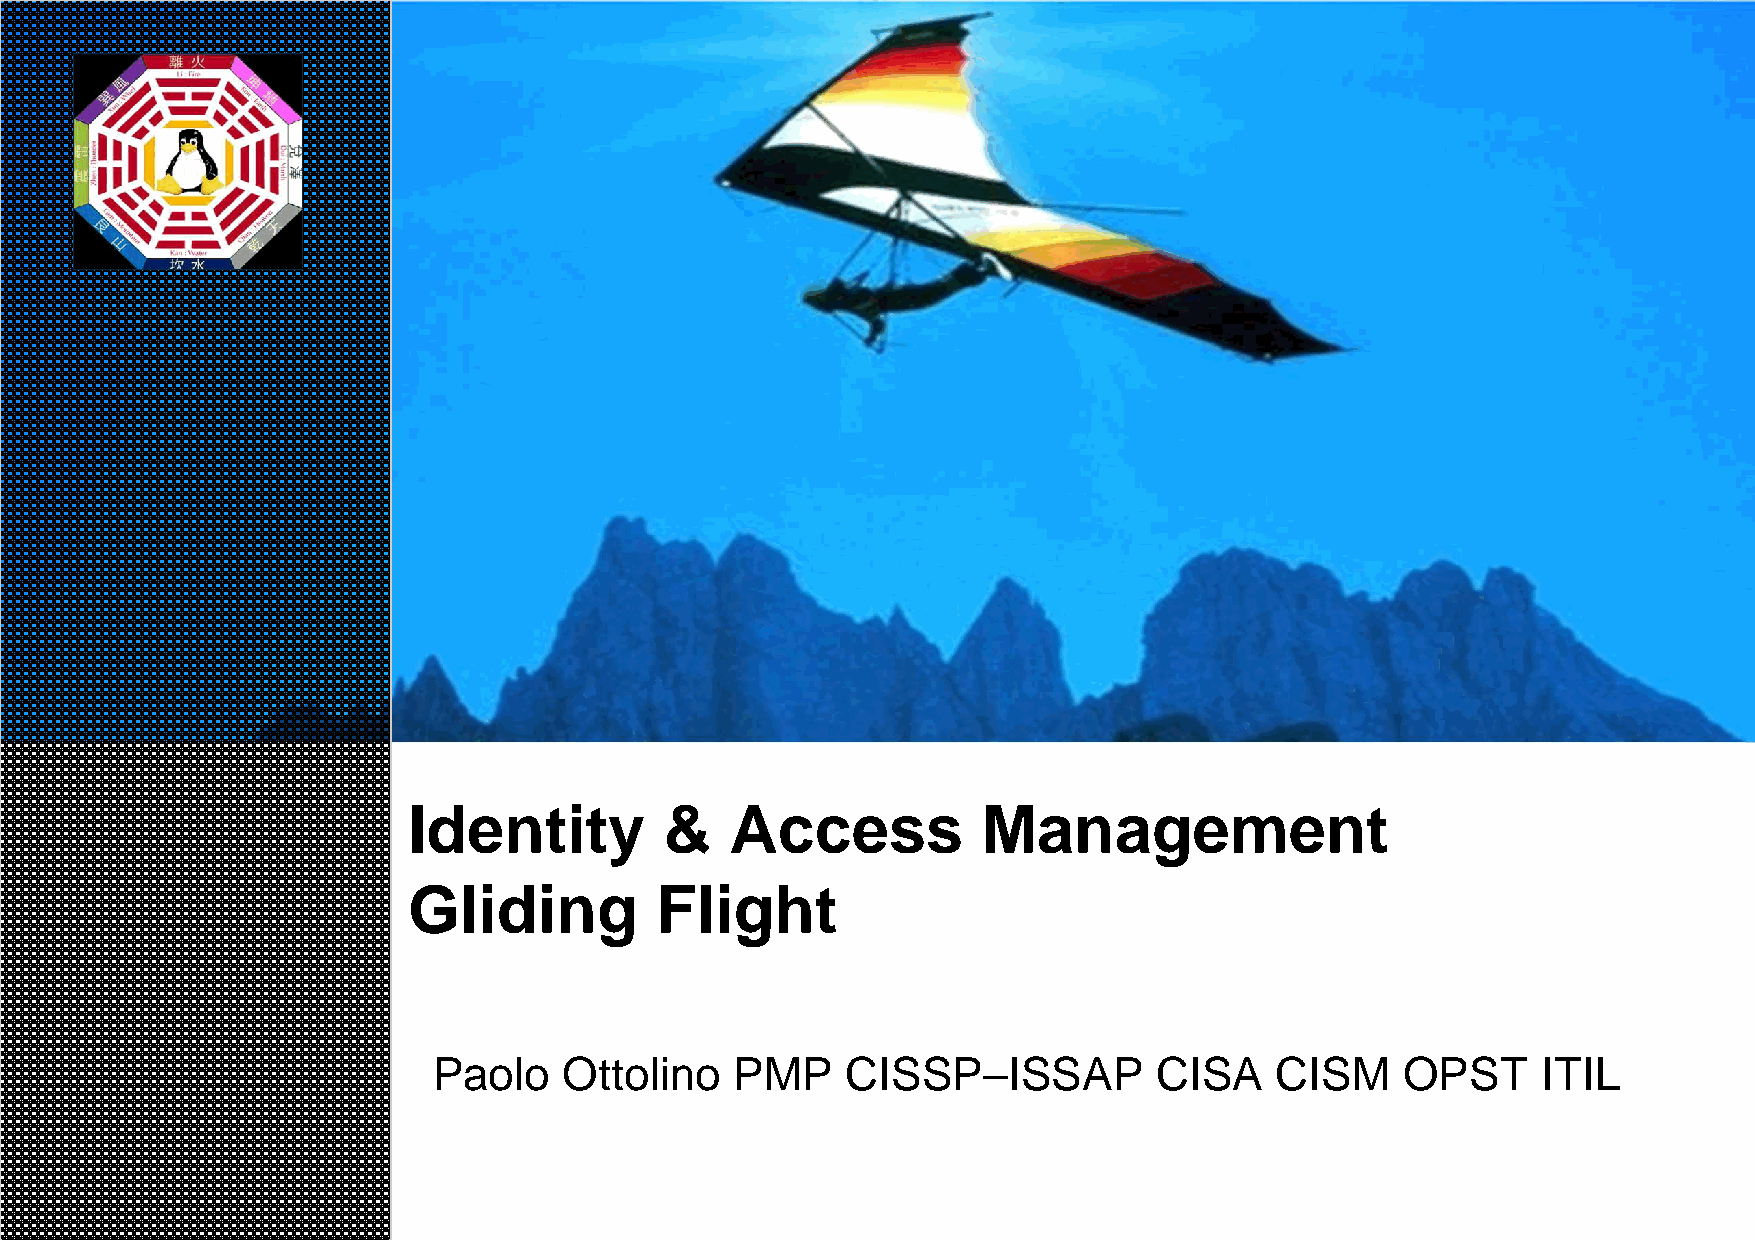
Identity         &   Access           Management
 Gliding         Flight
 Paolo   Ottolino    PMP    CISSP–ISSAP          CISA   CISM     OPST     ITIL